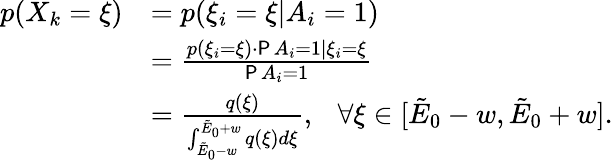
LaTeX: \begin{array}{rl}{p(X_{k}=\xi)}&{=p(\xi_{i}=\xi|A_{i}=1)}\\ &{=\frac{p(\xi_{i}=\xi)\cdot\P{A_{i}=1|\xi_{i}=\xi}}{\P{A_{i}=1}}}\\ &{=\frac{q(\xi)}{\int_{\tilde{E}_{0}-w}^{\tilde{E}_{0}+w}q(\xi)d\xi},~~~\forall\xi\in[\tilde{E}_{0}-w,\tilde{E}_{0}+w].}\end{array}